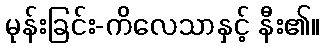
မုန်းခြင်း-ကိလေသာနှင့် နီး၏။